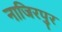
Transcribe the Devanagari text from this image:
नाजिरपुर